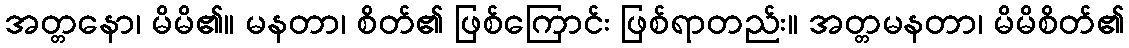
အတ္တနော၊ မိမိ၏။ မနတာ၊ စိတ်၏ ဖြစ်ကြောင်း ဖြစ်ရာတည်း။ အတ္တမနတာ၊ မိမိစိတ်၏